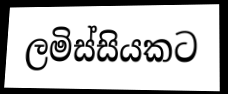
ලමිස්සියකට